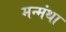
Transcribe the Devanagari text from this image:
मन्मंथा